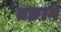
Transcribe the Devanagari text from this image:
तङाग